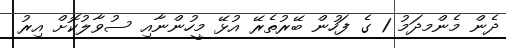
ދެން މެންމދަމު 1 ގެ ފަހުން ބޭރުތެރޭ އުޅޭ މީހުންނާއި ސުވާލުކޮށް އިރު